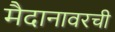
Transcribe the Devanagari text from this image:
मैदानावरची